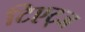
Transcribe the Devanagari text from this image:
टिएट्ज